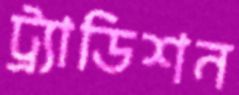
ট্র্যাডিশন